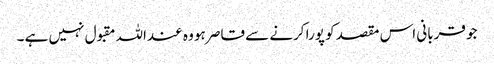
جو قربانی اس مقصد کو پورا کرنے سے قاصر ہو وہ عنداللہ مقبول نہیں ہے ۔